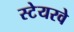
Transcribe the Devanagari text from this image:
स्टेयरवे